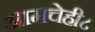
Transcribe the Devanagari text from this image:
आमचेही८